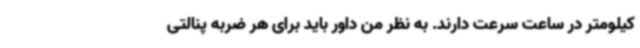
کیلومتر در ساعت سرعت دارند. به نظر من داور باید برای هر ضربه پنالتی